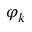
\varphi _ { k }